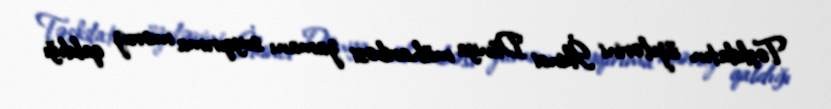
Təşkilatın üzvlərini İkinci Dünya müharibəsi zamanı soyqırıma məruz qaldığı